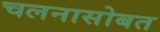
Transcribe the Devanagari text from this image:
चलनासोबत